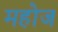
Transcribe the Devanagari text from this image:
महोज